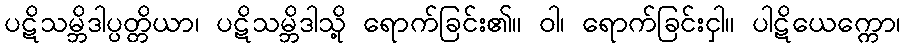
ပဋိသမ္ဘိဒါပ္ပတ္တိယာ၊ ပဋိသမ္ဘိဒါသို့ ရောက်ခြင်း၏။ ဝါ၊ ရောက်ခြင်းငှါ။ ပါဋိယေက္ကော၊